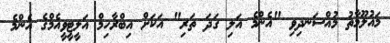
މައުލޫމާތު މުއްސަނދިވި "އެންމެ އަލި ގަދަ ތަރި" އަކަށް އިބްރާހިމް އަލީޓީވީއެމްގެ އެންމެ